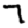
Digit: 7